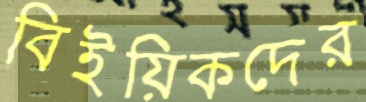
বিইয়িকদের